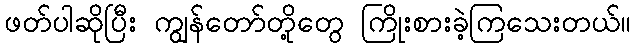
ဖတ်ပါဆိုပြီး ကျွန်တော်တို့တွေ ကြိုးစားခဲ့ကြသေးတယ်။